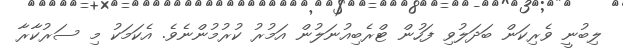
ލިބުނީ ވެރިކަން ބަދަލުވި ފަހުން ޓްރެބިއުނަލުން އަމުރު ކުރުމުންނެވެ. އެކަމަކު މި ސަރުކާރާ